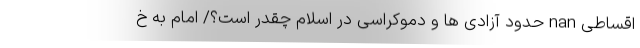
اقساطی nan حدود آزادی ها و دموکراسی در اسلام چقدر است؟/ امام به خ